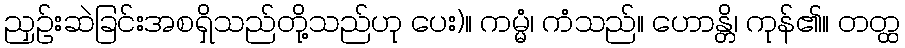
ညှဉ်းဆဲခြင်းအစရှိသည်တို့သည်ဟု ပေး)။ ကမ္မံ၊ ကံသည်။ ဟောန္တိ၊ ကုန်၏။ တတ္ထ